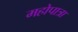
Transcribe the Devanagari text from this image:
महोपात्रा